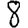
Digit: 8